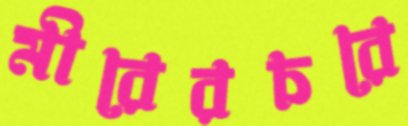
মীরেরচরে